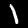
Label: 1